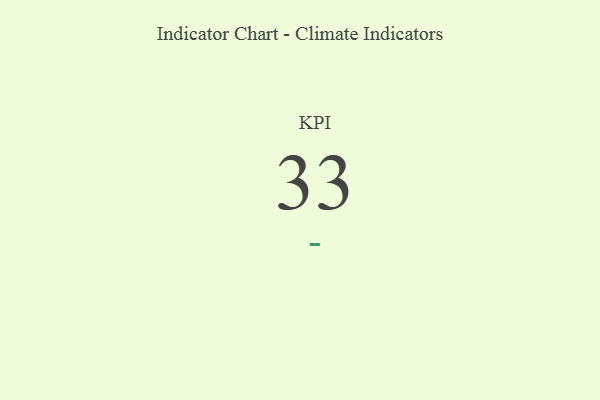
{"axis": {"x": "KPI", "y": "Value"}, "legend": [""], "data": [{"x": "KPI", "y": 33, "type": ""}]}